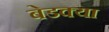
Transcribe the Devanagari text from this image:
बेडक्या